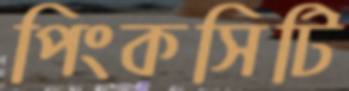
পিংকসিটি